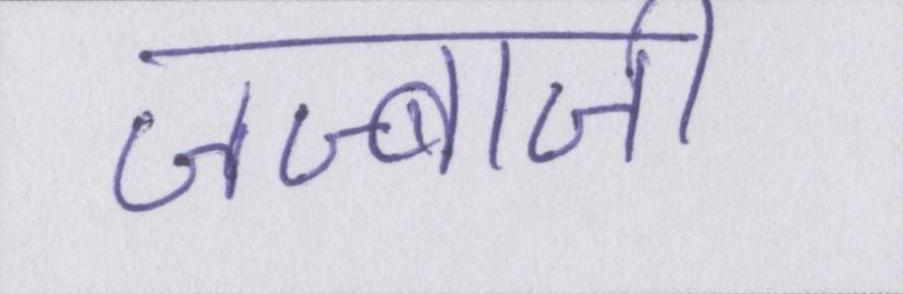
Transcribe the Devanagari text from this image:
जज्बाजी